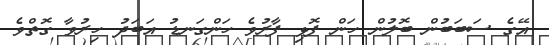
އޭގެ ސަބަބުން ބޮލުން ހަން ފޮޅި ފާރުވެ ހަންގަނޑު އަބަދު ހިރުވާ ގޮތްވެ